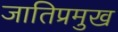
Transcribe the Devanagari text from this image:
जातिप्रमुख